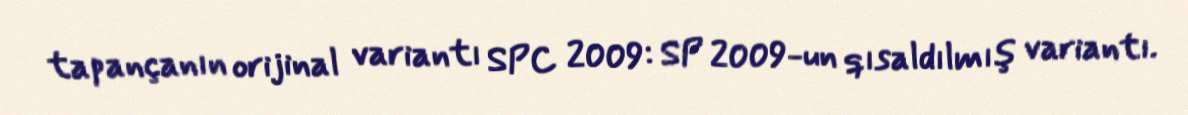
tapançanın orijinal variantı SPC 2009: SP 2009-un qısaldılmış variantı.